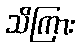
သိကြား